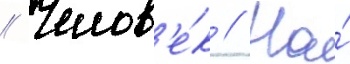
// Челов'е́к // На́